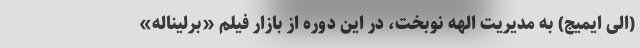
(الی ایمیج) به مدیریت الهه نوبخت، در این دوره از بازار فیلم «برلیناله»